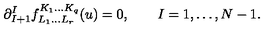
\partial _ { I + 1 } ^ { I } f _ { L _ { 1 } \ldots L _ { r } } ^ { K _ { 1 } \ldots K _ { q } } ( u ) = 0 , \qquad I = 1 , \ldots , N - 1 .